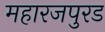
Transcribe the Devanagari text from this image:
महारजपुरड